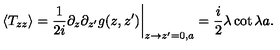
\langle T _ { z z } \rangle = { \frac { 1 } { 2 i } } \partial _ { z } \partial _ { z ^ { \prime } } g ( z , z ^ { \prime } ) \bigg | _ { z \to z ^ { \prime } = 0 , a } = { \frac { i } { 2 } } \lambda \cot \lambda a .